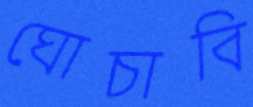
ঘোচাবি